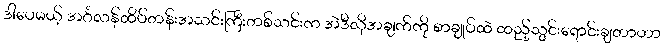
ဒါပေမယ့် အင်္ဂလန်ထိပ်တန်းအသင်းကြီးတစ်သင်းက အဲဒီလိုအချက်ကို စာချုပ်ထဲ ထည့်သွင်းရောင်းချတာဟာ